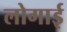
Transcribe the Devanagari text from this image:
लोगाई